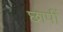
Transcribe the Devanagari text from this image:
छापीं